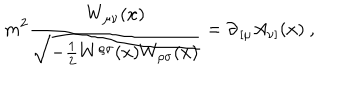
LaTeX: m ^ { 2 } { \frac { W _ { \mu \nu } ( x ) } { \sqrt { - { \frac { 1 } { 2 } } W ^ { \rho \sigma } ( x ) W _ { \rho \sigma } ( x ) } } } = \partial _ { \, [ \mu } A _ { \nu ] } ( x ) \ ,